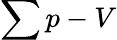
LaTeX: \sum p-V